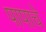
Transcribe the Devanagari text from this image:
पापाचे